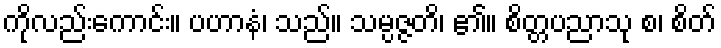
ကိုလည်းကောင်း။ ပဟာနံ၊ သည်။ သမ္ပဇ္ဇတိ၊ ၏။ စိတ္တပညာသု စ၊ စိတ်